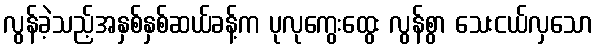
လွန်ခဲ့သည့်အနှစ်နှစ်ဆယ်ခန့်က ပုလုကွေးထွေး လွန်စွာ သေးငယ်လှသော